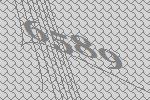
6589